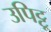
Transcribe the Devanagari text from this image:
उपिट्टू